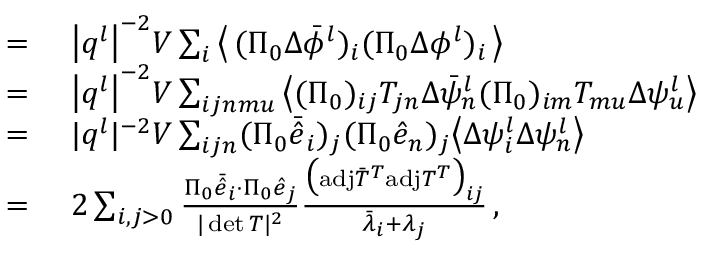
\begin{array} { r l } { = } & { { } ~ \big \vert \boldsymbol { q } ^ { l } \big \vert ^ { - 2 } V \sum _ { i } \big \langle \, ( \Pi _ { 0 } \Delta \bar { \phi } ^ { l } ) _ { i } ( \Pi _ { 0 } \Delta { \phi } ^ { l } ) _ { i } \, \big \rangle } \\ { = } & { { } ~ \big \vert \boldsymbol { q } ^ { l } \big \vert ^ { - 2 } V \sum _ { i j n m u } \big \langle ( \Pi _ { 0 } ) _ { i j } T _ { j n } \Delta \bar { \psi } _ { n } ^ { l } ( \Pi _ { 0 } ) _ { i m } T _ { m u } \Delta \psi _ { u } ^ { l } \big \rangle } \\ { = } & { { } ~ \vert \boldsymbol { q } ^ { l } \vert ^ { - 2 } V \sum _ { i j n } ( \Pi _ { 0 } \bar { \hat { e } } _ { i } ) _ { j } ( \Pi _ { 0 } \hat { e } _ { n } ) _ { j } \big \langle \Delta \psi _ { i } ^ { l } \Delta \psi _ { n } ^ { l } \big \rangle } \\ { = } & { { } ~ 2 \sum _ { i , j > 0 } \frac { \Pi _ { 0 } \bar { \hat { e } } _ { i } \cdot \Pi _ { 0 } \hat { e } _ { j } } { \vert \operatorname* { d e t } T \vert ^ { 2 } } \frac { \big ( \mathrm { a d j } \bar { T } ^ { T } \mathrm { a d j } T ^ { T } \big ) _ { i j } } { \bar { \lambda } _ { i } + \lambda _ { j } } \, , } \end{array}